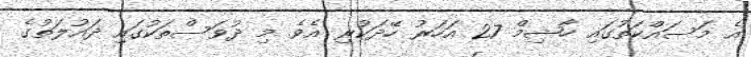
އެ މަސައްކަތުގައި ހާޝިމް 27 އަހަރު ހޭދަކުރި އެވެ. މި ދުވަސްތަކުގައި ދައުލަތުގެ